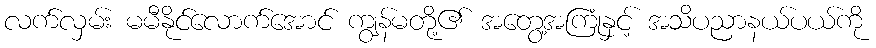
လက်လှမ်း မမီနိုင်လောက်အောင် ကျွန်မတို့၏ အတွေ့အကြုံနှင့် အသိပညာနယ်ပယ်ကို